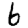
Digit: 6